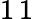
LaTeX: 1\, 1